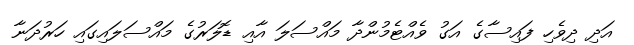
އަދި ދިވެހި ފައިސާގެ އަގު ވެއްޓެމުންދާ މައްސަލަ އާއި ޑޮލަރުގެ މައްސަލައިގައި ހަރުދަނާ